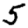
Digit: 5